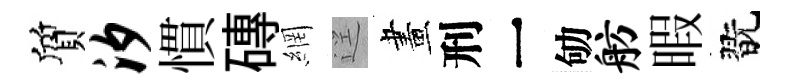
質汐慣磚網逕畫刑一劬舫暇翫